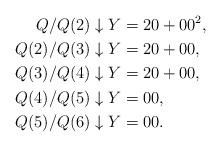
LaTeX: \begin{align*}Q/Q(2) \downarrow Y &= 20 + 00^2,\\Q(2)/Q(3) \downarrow Y &= 20 + 00, \\Q(3)/Q(4) \downarrow Y &= 20 + 00, \\Q(4)/Q(5) \downarrow Y &= 00, \\Q(5)/Q(6) \downarrow Y &= 00.\end{align*}